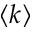
\left< k \right>